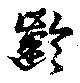
齢